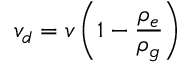
v _ { d } = v \left( 1 - { \frac { \rho _ { e } } { \rho _ { g } } } \right)